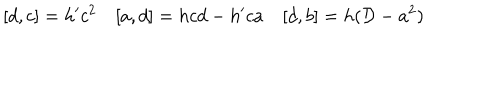
[ d , c ] = h ^ { \prime } c ^ { 2 } [ a , d ] = h c d - h ^ { \prime } c a [ d , b ] = h ( { \cal D } - a ^ { 2 } )